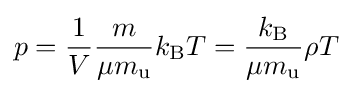
p={\frac {1}{V}}{\frac {m}{\mu m_{\text{u}}}}k_{\text{B}}T={\frac {k_{\text{B}}}{\mu m_{\text{u}}}}\rho T